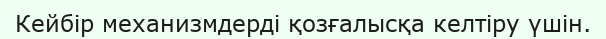
Кейбір механизмдерді қозғалысқа келтіру үшін.